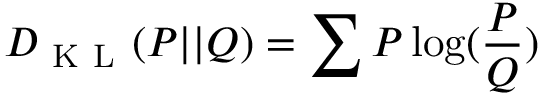
D _ { \mathrm { ~ K ~ L ~ } } ( P | | Q ) = \sum P \log ( \frac { P } { Q } )